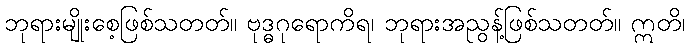
ဘုရားမျိုးစေ့ဖြစ်သတတ်။ ဗုဒ္ဓဂုရောကိရ၊ ဘုရားအညွန့်ဖြစ်သတတ်။ ဣတိ၊